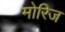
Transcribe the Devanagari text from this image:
मोरिज